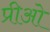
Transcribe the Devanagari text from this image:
प्रीओ